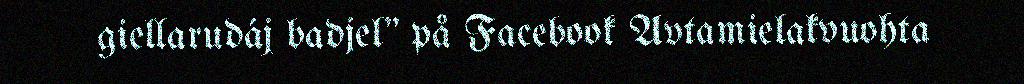
giellarudáj badjel" på Facebook Avtamielakvuohta